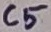
Text: C5